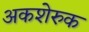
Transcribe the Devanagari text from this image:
अकशेरुक